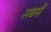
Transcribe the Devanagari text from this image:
सबसै